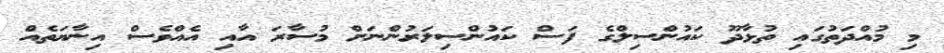
މި މުއްދަތުގައި ތުޅާދޫ ކައުންސިލްގެ ފަސް ކައުންސިލަރުންނަށް މުސާރަ އާއި އެއްވެސް އިނާޔަތެއް